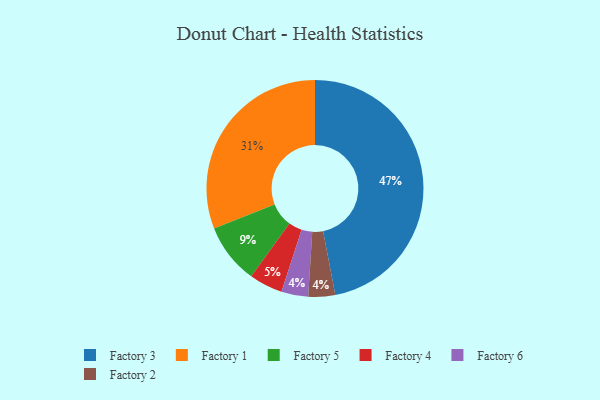
{"axis": {"x": "Category", "y": "Percentage"}, "legend": ["Factory 1", "Factory 2", "Factory 3", "Factory 4", "Factory 5", "Factory 6"], "data": [{"x": "Factory 3", "y": 47, "type": "Factory 3"}, {"x": "Factory 4", "y": 5, "type": "Factory 4"}, {"x": "Factory 5", "y": 9, "type": "Factory 5"}, {"x": "Factory 6", "y": 4, "type": "Factory 6"}, {"x": "Factory 2", "y": 4, "type": "Factory 2"}, {"x": "Factory 1", "y": 31, "type": "Factory 1"}]}